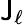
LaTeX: \mathsf{J}_{\ell}